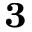
_ \mathbf { 3 }